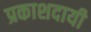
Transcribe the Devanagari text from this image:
प्रकाशदायी